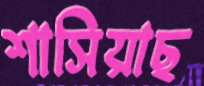
শাসিয়াছ